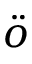
\ddot { o }